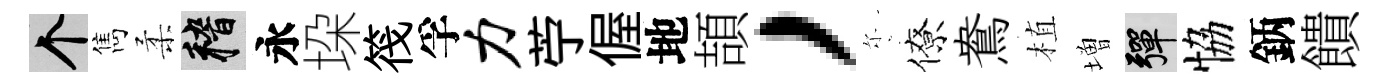
个雋柔稽永垜筏孚力苧偓地頡，尓僚鴦植増彈恊鈵饋